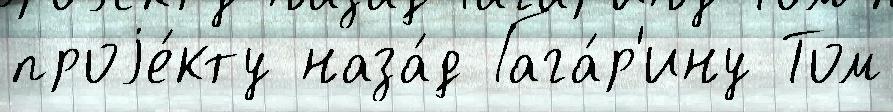
проjе́кту наза́д Гага́р'ину Том